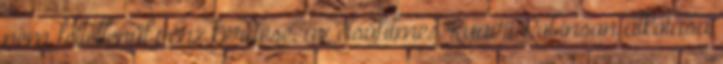
nem feltétlenül pénz kérdése, az elsőfilmes Ruairi Robinson alkotása